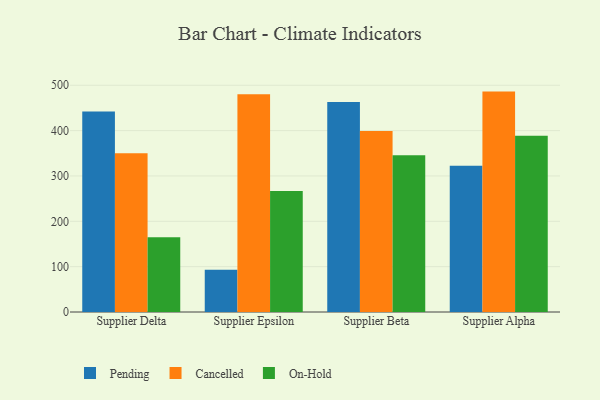
{"axis": {"x": "Supplier", "y": "Satisfaction Score"}, "legend": ["Cancelled", "On-Hold", "Pending"], "data": [{"x": "Supplier Delta", "y": 441.9, "type": "Pending"}, {"x": "Supplier Delta", "y": 350.2, "type": "Cancelled"}, {"x": "Supplier Delta", "y": 165.1, "type": "On-Hold"}, {"x": "Supplier Epsilon", "y": 92.9, "type": "Pending"}, {"x": "Supplier Epsilon", "y": 479.9, "type": "Cancelled"}, {"x": "Supplier Epsilon", "y": 266.8, "type": "On-Hold"}, {"x": "Supplier Beta", "y": 462.9, "type": "Pending"}, {"x": "Supplier Beta", "y": 399.1, "type": "Cancelled"}, {"x": "Supplier Beta", "y": 345.6, "type": "On-Hold"}, {"x": "Supplier Alpha", "y": 322.6, "type": "Pending"}, {"x": "Supplier Alpha", "y": 486.0, "type": "Cancelled"}, {"x": "Supplier Alpha", "y": 388.7, "type": "On-Hold"}]}